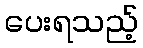
ပေးရသည့်